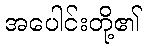
အပေါင်းတို့၏